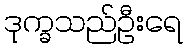
ဒုက္ခသည်ဦးရေ